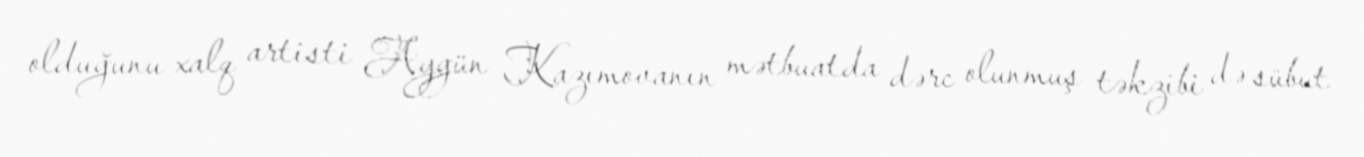
olduğunu xalq artisti Aygün Kazımovanın mətbuatda dərc olunmuş təkzibi də sübut